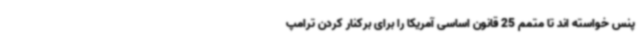
پنس خواسته اند تا متمم 25 قانون اساسی آمریکا را برای برکنار کردن ترامپ